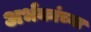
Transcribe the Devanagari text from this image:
अर्भकांच्या